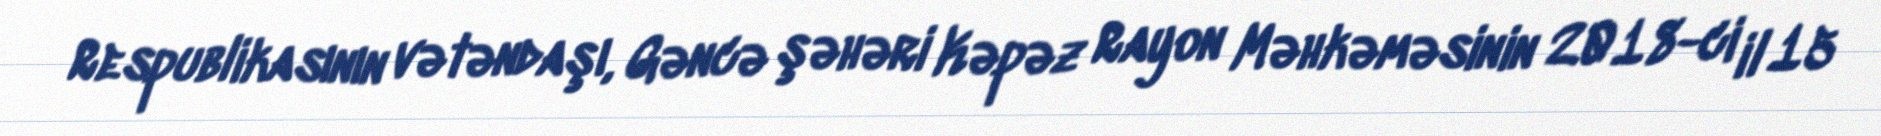
Respublikasının vətəndaşı, Gəncə şəhəri Kəpəz Rayon Məhkəməsinin 2018-ci il 15